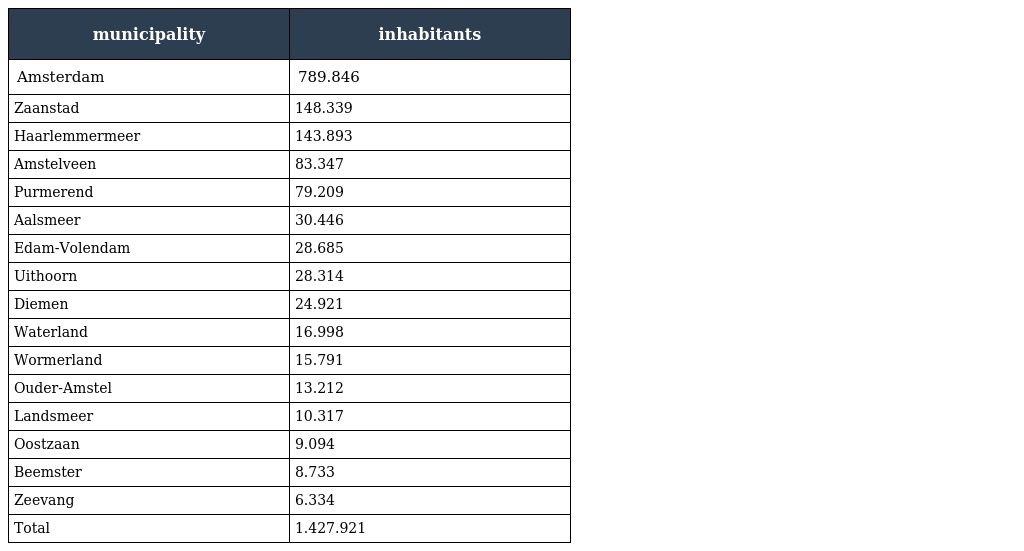
| municipality | inhabitants |
 | --- | --- |
 | Amsterdam | 789.846 |
 | Zaanstad | 148.339 |
 | Haarlemmermeer | 143.893 |
 | Amstelveen | 83.347 |
 | Purmerend | 79.209 |
 | Aalsmeer | 30.446 |
 | Edam-Volendam | 28.685 |
 | Uithoorn | 28.314 |
 | Diemen | 24.921 |
 | Waterland | 16.998 |
 | Wormerland | 15.791 |
 | Ouder-Amstel | 13.212 |
 | Landsmeer | 10.317 |
 | Oostzaan | 9.094 |
 | Beemster | 8.733 |
 | Zeevang | 6.334 |
 | Total | 1.427.921 |